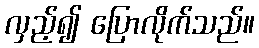
လှည့်၍ ပြောလိုက်သည်။